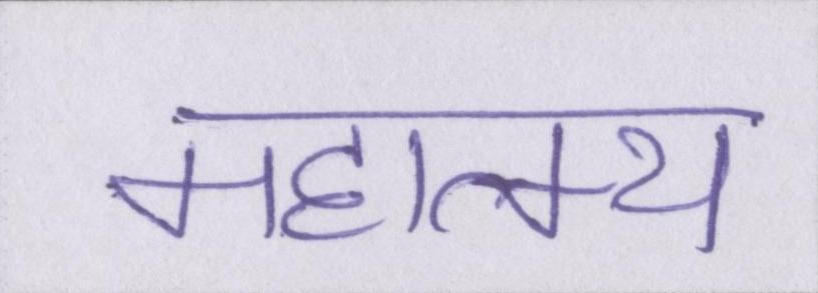
महात्म्य